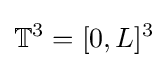
\mathbb {T} ^{3}=[0,L]^{3}